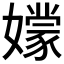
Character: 𡣘